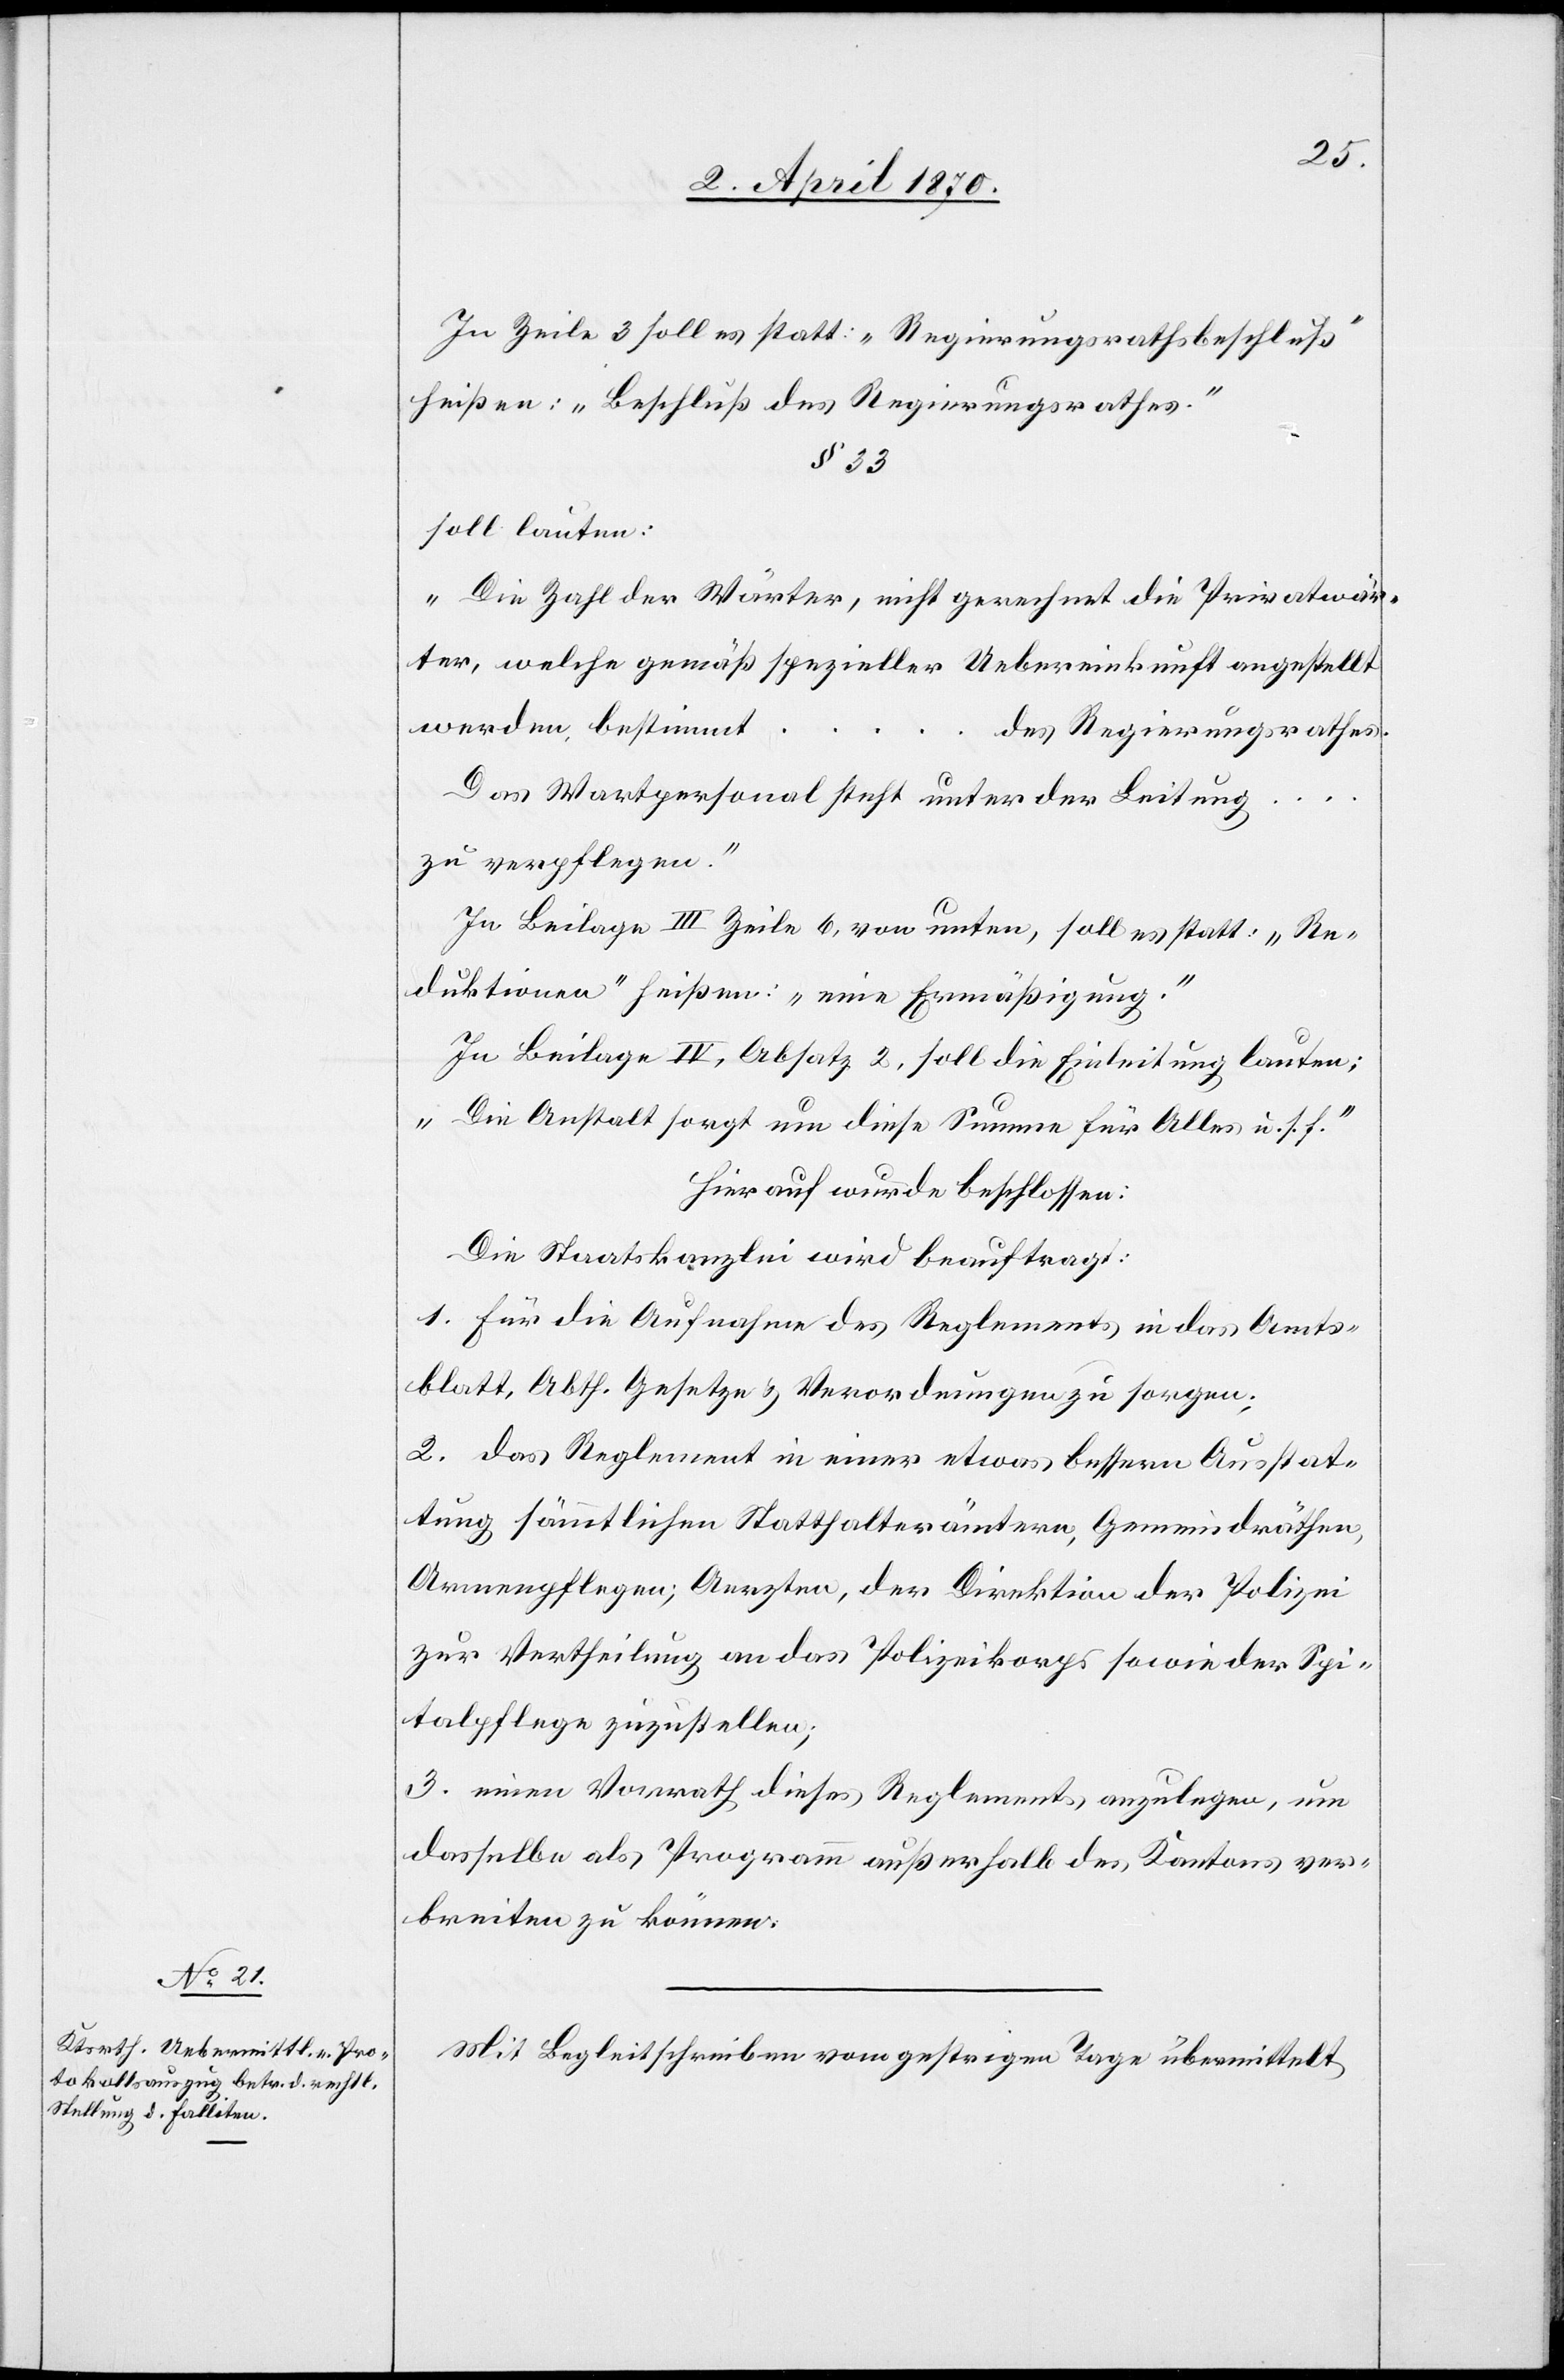
In Zeile 3 soll es statt: „Regierungsrathsbeschluß“
heißen: „Beschluß des Regierungsrathes.“
§ 33
soll lauten:
„Die Zahl der Wärter, nicht gerechnet die Privatwär¬
ter, welche gemäß spezieller Uebereinkunft angestellt
werden, bestimmt
des Regierungsrathes.
Das Wartpersonal steht unter der Leitung
zu verpflegen.“
In Beilage III Zeile 6, von unten, soll es statt: „Re¬
duktionen“ heißen: „eine Ermäßigung.“
In Beilage IV, Absatz 2, soll die Einleitung lauten:
„Die Anstalt sorgt um diese Summe für Alles u. s. f.“
Hierauf wurde beschlossen:
Die Staatskanzlei wird beauftragt:
1. Für die Aufnahme des Reglements in das Amts¬
blatt, Abth. Gesetze & Verordnungen zu sorgen;
2. das Reglement in einer etwas bessern Ausstat¬
tung sämmtlichen Statthalterämtern, Gemeindräthen,
Armenpflegen; Aerzten, der Direktion der Polizei
zur Vertheilung an das Polizeikorps sowie der Spi¬
talpflege zuzustellen;
3. einen Vorrath dieses Reglements anzulegen, um
dasselbe als Programm außerhalb des Kantons ver¬
breiten zu können.
Mit Begleitschreiben vom gestrigen Tage übermittelt